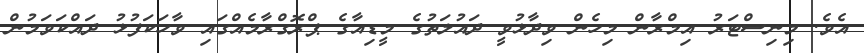
އެވެ. މިނިސްޓަރު އިމްރާން މިހެން ވިދާޅުވީ ދައުލަތުގެ މީޑިއާގެ ޕްރޮގްރާމެއްގައި ވާހަކަފުޅު ދައްކަވަމުން